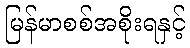
မြန်မာစစ်အစိုးရနှင့်